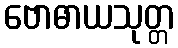
ဗောဓာယသုတ္တ